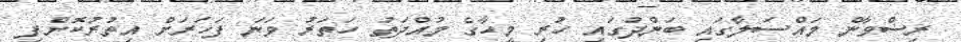
ރިޟްވާން މައްސަލާގައި ބަންދުގައި ހުރި މީހާގެ މުއްދަތު ހަތަރު ވަނަ ފަހަރަށް އިތުރުކޮށްފި